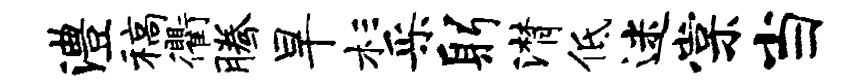
澧稿衢腾旱杉采躬潸低迷棠当